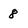
Character: 8